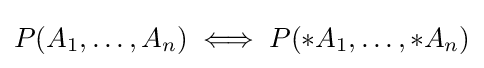
P(A_{1},\ldots ,A_{n})\iff P(*A_{1},\ldots ,*A_{n})